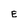
Character: E